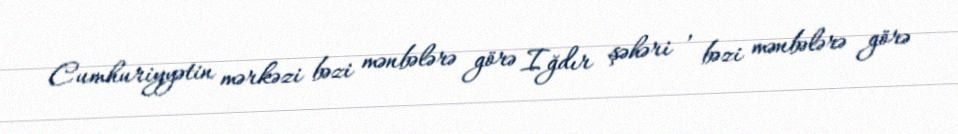
Cumhuriyyətin mərkəzi bəzi mənbələrə görə Iğdır şəhəri , bəzi mənbələrə görə